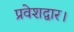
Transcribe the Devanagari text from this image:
प्रवेशद्वार।